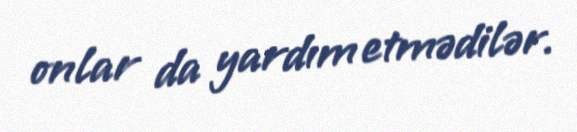
onlar da yardım etmədilər.